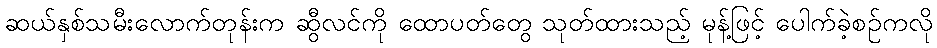
ဆယ်နှစ်သမီးလောက်တုန်းက ဆွီလင်ကို ထောပတ်တွေ သုတ်ထားသည့် မုန့်ဖြင့် ပေါက်ခဲ့စဉ်ကလို